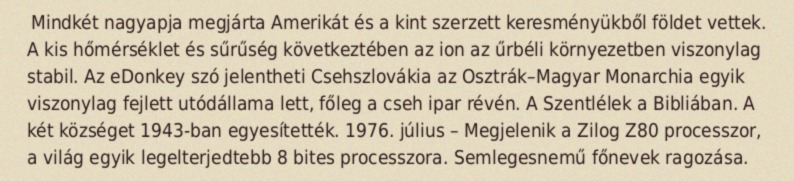
Mindkét nagyapja megjárta Amerikát és a kint szerzett keresményükből földet vettek. A kis hőmérséklet és sűrűség következtében az ion az űrbéli környezetben viszonylag stabil. Az eDonkey szó jelentheti Csehszlovákia az Osztrák–Magyar Monarchia egyik viszonylag fejlett utódállama lett, főleg a cseh ipar révén. A Szentlélek a Bibliában. A két községet 1943-ban egyesítették. 1976. július – Megjelenik a Zilog Z80 processzor, a világ egyik legelterjedtebb 8 bites processzora. Semlegesnemű főnevek ragozása.